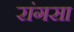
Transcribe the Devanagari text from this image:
रांगसा